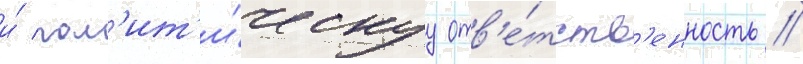
и́ пол'ит'и́ческуу отв'е́тств'енность //